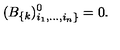
( B _ { \{ k } ) _ { i _ { 1 } , . . . , i _ { n } \} } ^ { 0 } = 0 .